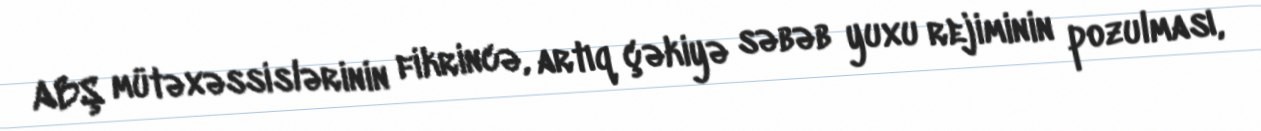
ABŞ mütəxəssislərinin fikrincə, artıq çəkiyə səbəb yuxu rejiminin pozulması,